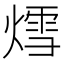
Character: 𮳷